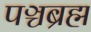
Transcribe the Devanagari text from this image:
पञ्चब्रह्म